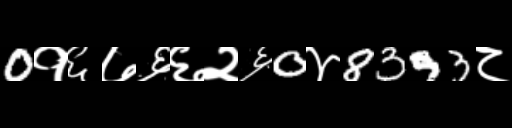
Text: 0१६७६६२६0४8393८